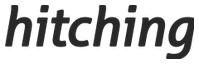
hitching